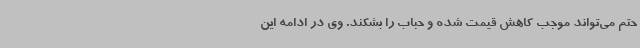
حتم می‌تواند موجب کاهش قیمت شده و حباب را بشکند. وی در ادامه این